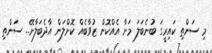
މި ސަންތި ކައިރީގަ ބުނެބަލަ މަށާ އެއްކޮން ޒުވާބެއް ކޮށްލަން އާދެބަލާށޭ.. ސަންތި